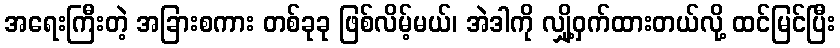
အရေးကြီးတဲ့ အခြားစကား တစ်ခုခု ဖြစ်လိမ့်မယ်၊ အဲဒါကို လျှို့ဝှက်ထားတယ်လို့ ထင်မြင်ပြီး